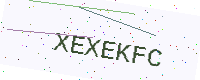
Text: XEXEKFC